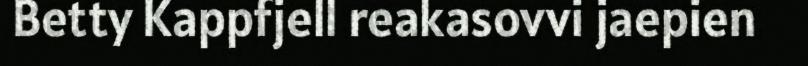
Betty Kappfjell reakasovvi jaepien